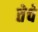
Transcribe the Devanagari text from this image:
तेचे